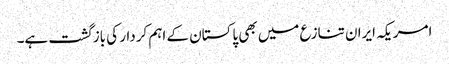
امریکہ ایران تنازع میں بھی پاکستان کے اہم کردار کی بازگشت ہے۔